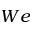
W e